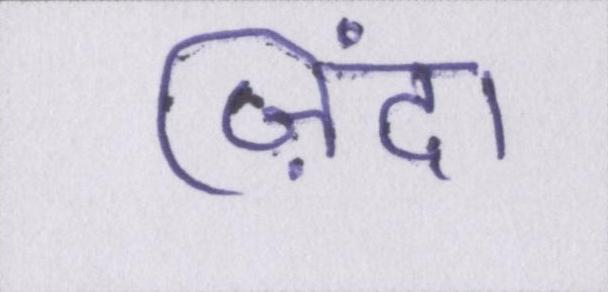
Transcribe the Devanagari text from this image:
ज़िंदा